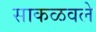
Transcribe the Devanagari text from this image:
साकळवले